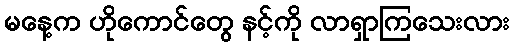
မနေ့က ဟိုကောင်တွေ နင့်ကို လာရှာကြသေးလား